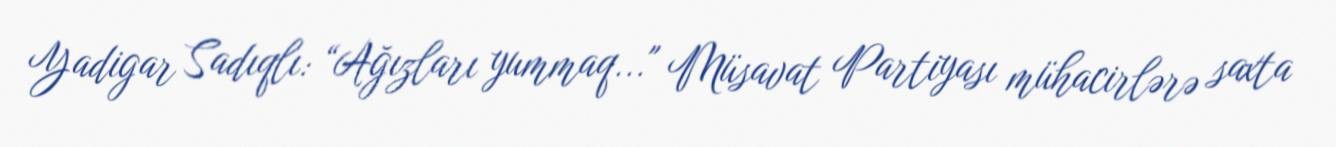
Yadigar Sadıqlı: “Ağızları yummaq..." Müsavat Partiyası mühacirlərə saxta